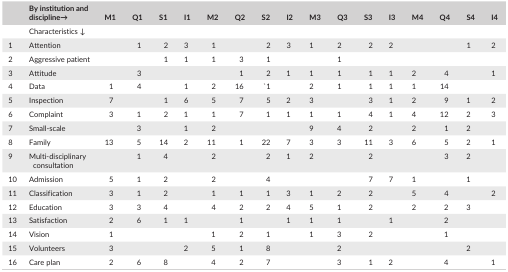
|  | By institution and discipline→ | M1 | Q1 | S1 | I1 | M2 | Q2 | S2 | I2 | M3 | Q3 | S3 | I3 | M4 | Q4 | S4 | I4 |
 | --- | --- | --- | --- | --- | --- | --- | --- | --- | --- | --- | --- | --- | --- | --- | --- | --- | --- |
 |  | Characteristics ↓ |  |  |  |  |  |  |  |  |  |  |  |  |  |  |  |  |
 | 1 | Attention |  | 1 | 2 | 3 | 1 |  | 2 | 3 | 1 | 2 | 2 | 2 |  |  | 1 | 2 |
 | 2 | Aggressive patient |  |  | 1 | 1 | 1 | 3 | 1 |  |  | 1 |  |  |  |  |  |  |
 | 3 | Attitude |  | 3 |  |  |  | 1 | 2 | 1 | 1 | 1 | 1 | 1 | 2 | 4 |  | 1 |
 | 4 | Data | 1 | 4 |  | 1 | 2 | 16 | '1 |  | 2 | 1 | 1 | 1 | 1 | 14 |  |  |
 | 5 | Inspection | 7 |  | 1 | 6 | 5 | 7 | 5 | 2 | 3 |  | 3 | 1 | 2 | 9 | 1 | 2 |
 | 6 | Complaint | 3 | 1 | 2 | 1 | 1 | 7 | 1 | 1 | 1 | 1 | 4 | 1 | 4 | 12 | 2 | 3 |
 | 7 | Small‐scale |  | 3 |  | 1 | 2 |  |  |  | 9 | 4 | 2 |  | 2 | 1 | 2 |  |
 | 8 | Family | 13 | 5 | 14 | 2 | 11 | 1 | 22 | 7 | 3 | 3 | 11 | 3 | 6 | 5 | 2 | 1 |
 | 9 | Multi‐disciplinary consultation |  | 1 | 4 |  | 2 |  | 2 | 1 | 2 |  | 2 |  |  | 3 | 2 |  |
 | 10 | Admission | 5 | 1 | 2 |  | 2 |  | 4 |  |  |  | 7 | 7 | 1 |  | 1 |  |
 | 11 | Classification | 3 | 1 | 2 |  | 1 | 1 | 1 | 3 | 1 | 2 | 2 |  | 5 | 4 |  | 2 |
 | 12 | Education | 3 | 3 | 4 |  | 4 | 2 | 2 | 4 | 5 | 1 | 2 |  | 2 | 2 | 3 |  |
 | 13 | Satisfaction | 2 | 6 | 1 | 1 |  | 1 |  | 1 | 1 | 1 |  | 1 |  | 2 |  |  |
 | 14 | Vision | 1 |  |  |  | 1 | 2 | 1 |  | 1 | 3 | 2 |  |  | 1 |  |  |
 | 15 | Volunteers | 3 |  |  | 2 | 5 | 1 | 8 |  |  | 2 |  |  |  |  | 2 |  |
 | 16 | Care plan | 2 | 6 | 8 |  | 4 | 2 | 7 |  |  | 3 | 1 | 2 |  | 4 |  | 1 |